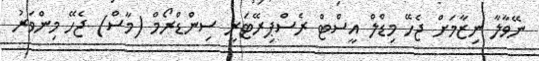
ނޭވާލާ ނިޒާމަށް ޖެހޭ މިޑްލް އީސްޓް ރެސްޕިރޭޓަރީ ސިންޑްރޯމް (މާސް) ޖެހޭ މިންވަރު